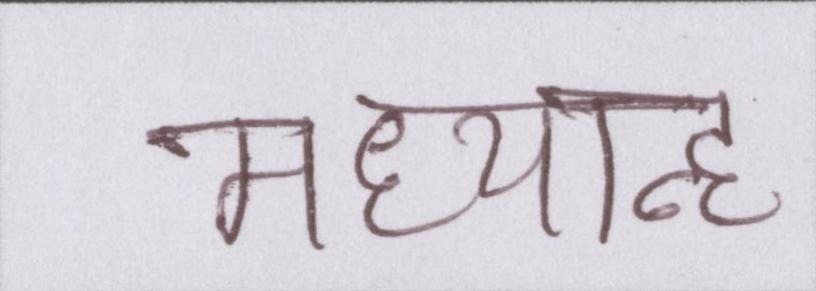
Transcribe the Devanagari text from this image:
मध्यान्ह